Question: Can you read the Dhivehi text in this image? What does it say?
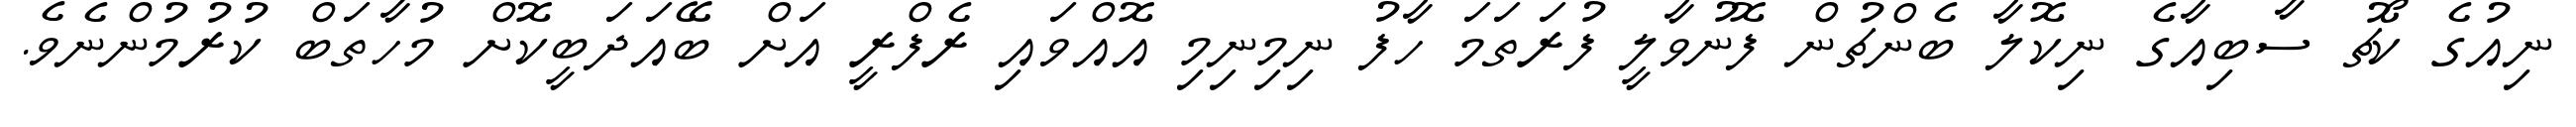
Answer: ނިއުގެ ކޯޗު ސާބިއާގެ ނިކޮލާ ބެންޗުން ފޮނުވާލީ ފުރަތަމަ ހާފު ނިމިނިމި އޮއްވައި ރެފްރީ އަށް ބޭއަދަބީކޮށް މުހާތަބް ކުރުމުންނެވެ.